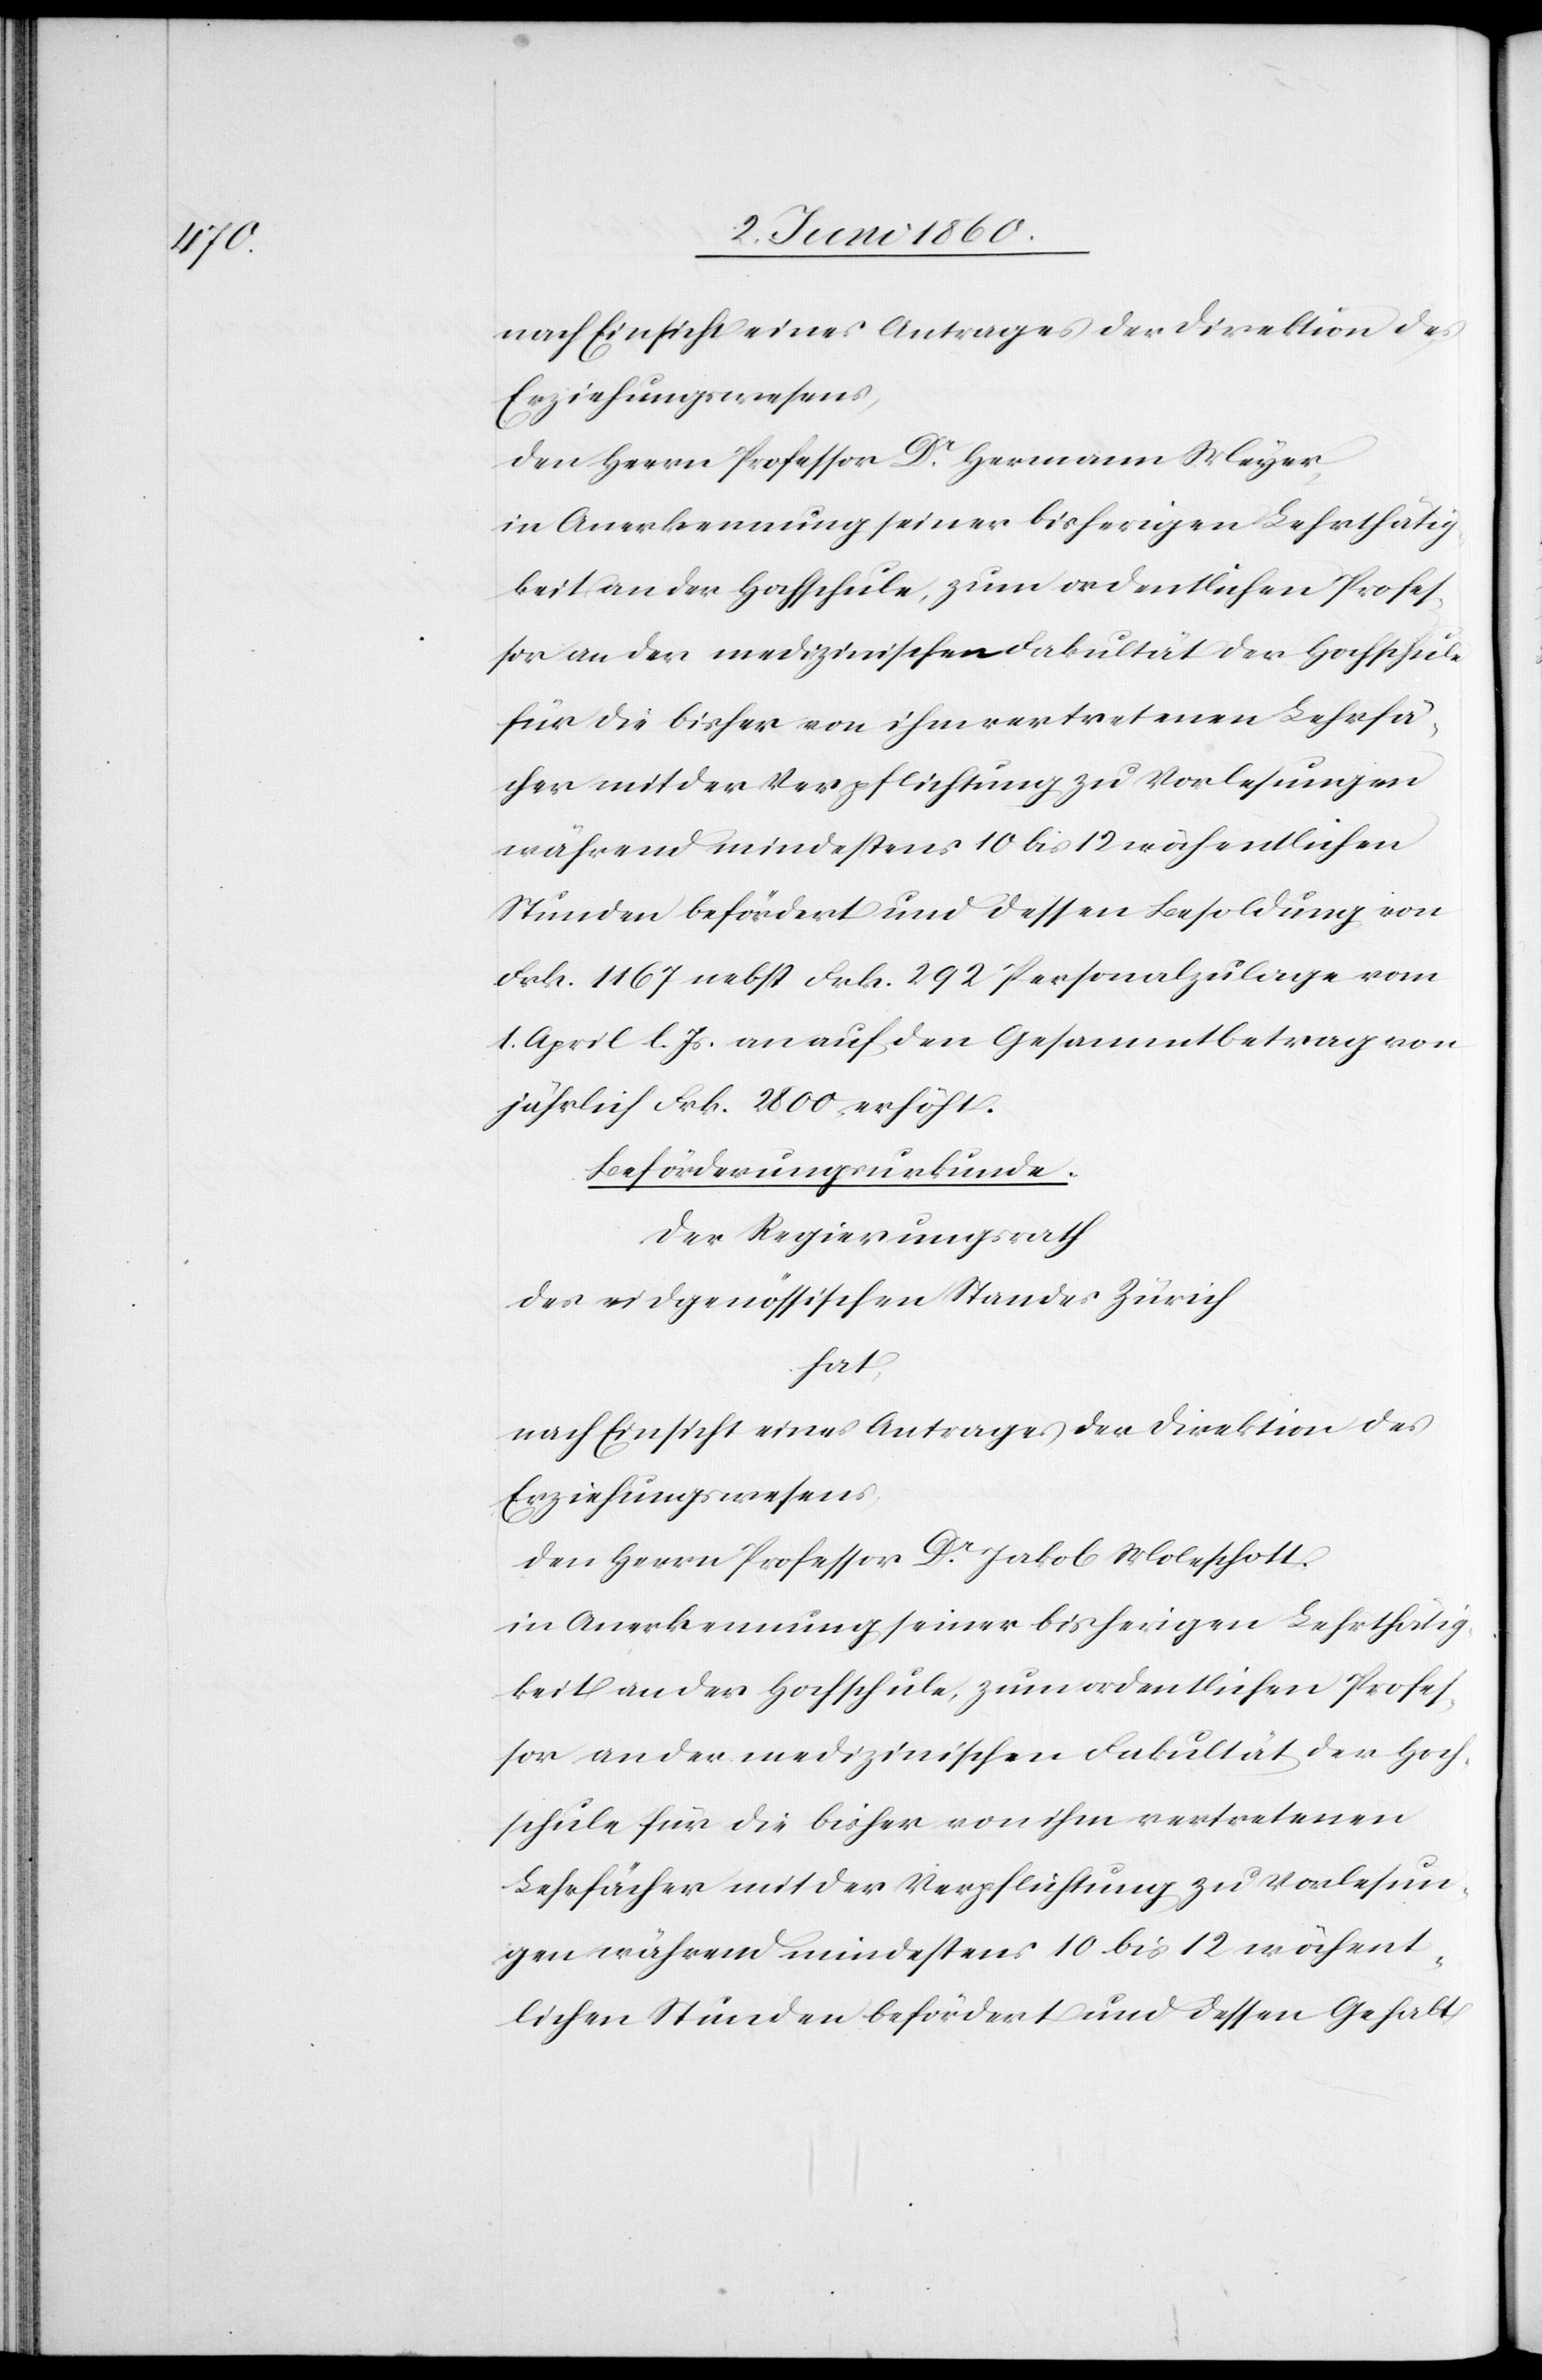
den Herrn Professor Dr Hermann Meyer,
in Anerkennung seiner bisherigen Lehrthätig¬
sor an der medizinischen Fakultät der Hochschule
für die bisher von ihm vertretenen Lehrfä¬
cher mit der Verpflichtung zu Vorlesungen
während mindestens 10 bis 12 wöchentlichen
Stunden befördert und dessen Besoldung von
Frk. 1167 nebst Frk. 292 Personalzulage vom
1. April l. Js. an auf den Gesammtbetrag von
jährlich Frk. 2800 erhöht.
Beförderungsurkunde.
Der Regierungsrath
des eidgenössischen Standes Zürich
hat,
nach Einsicht eines Antrages der Direktion des
Erziehungswesens
den Herrn Professor Dr Jakob Moleschott,
keit an der Hochschule, zum ordentlichen Profes¬
sor an der medizinischen Fakultät der Hoch¬
schule für die bisher von ihm vertretenen
Lehrfächer mit der Verpflichtung zu Vorlesun¬
gen während mindestens 10 bis 12 wöchent¬
lichen Stunden befördert und dessen Gehalt